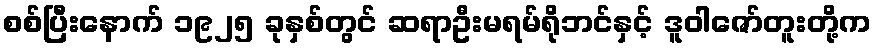
စစ်ပြီးနောက် ၁၉၂၅ ခုနှစ်တွင် ဆရာဦးမရမ်ရိုဘင်နှင့် ဒူဝါဇော်တူးတို့က